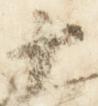
十